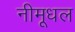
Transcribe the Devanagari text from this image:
नीमूधल